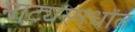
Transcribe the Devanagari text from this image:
नाट्यस्पर्धांत